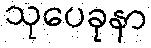
သုပေခုနာ